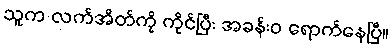
သူက လက်အိတ်ကို ကိုင်ပြီး အခန်းဝ ရောက်နေပြီ။